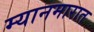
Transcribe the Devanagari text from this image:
म्यानमारात